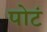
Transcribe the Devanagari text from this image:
पोटं